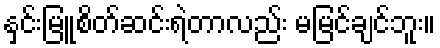
နှင်းမြူစိတ်ဆင်းရဲတာလည်း မမြင်ချင်ဘူး။